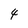
Character: 4